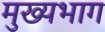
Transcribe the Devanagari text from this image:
मुख्यभाग